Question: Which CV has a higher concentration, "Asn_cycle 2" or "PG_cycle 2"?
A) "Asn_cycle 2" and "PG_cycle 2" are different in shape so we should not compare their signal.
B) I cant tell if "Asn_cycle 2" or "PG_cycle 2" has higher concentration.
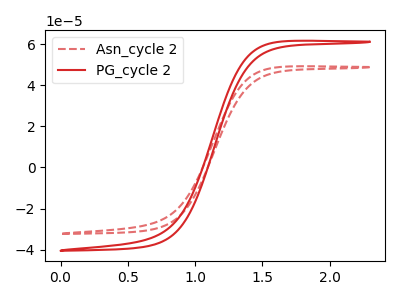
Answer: <think>The red dashed curve "Asn_cycle 2" has no peaks. The red curve "PG_cycle 2" has no peaks.
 Neither "Asn_cycle 2" or "PG_cycle 2" have any peaks.</think>
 <answer>B) I cant tell if "Asn_cycle 2" or "PG_cycle 2" has higher concentration.</answer>
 <eval>B</eval>